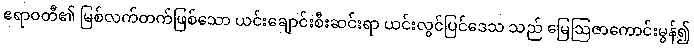
ဧရာဝတီ၏ မြစ်လက်တက်ဖြစ်သော ယင်းချောင်းစီးဆင်းရာ ယင်းလွင်ပြင်ဒေသ သည် မြေဩဇာကောင်းမွန်၍